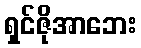
ရှင်ဇိုအာဘေး